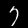
Label: 7